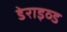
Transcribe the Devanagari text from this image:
डेराइव्ड